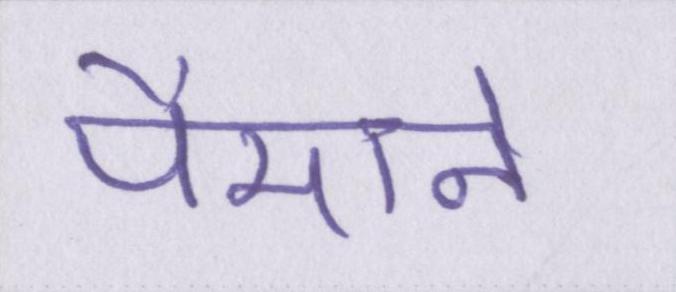
पैमाने